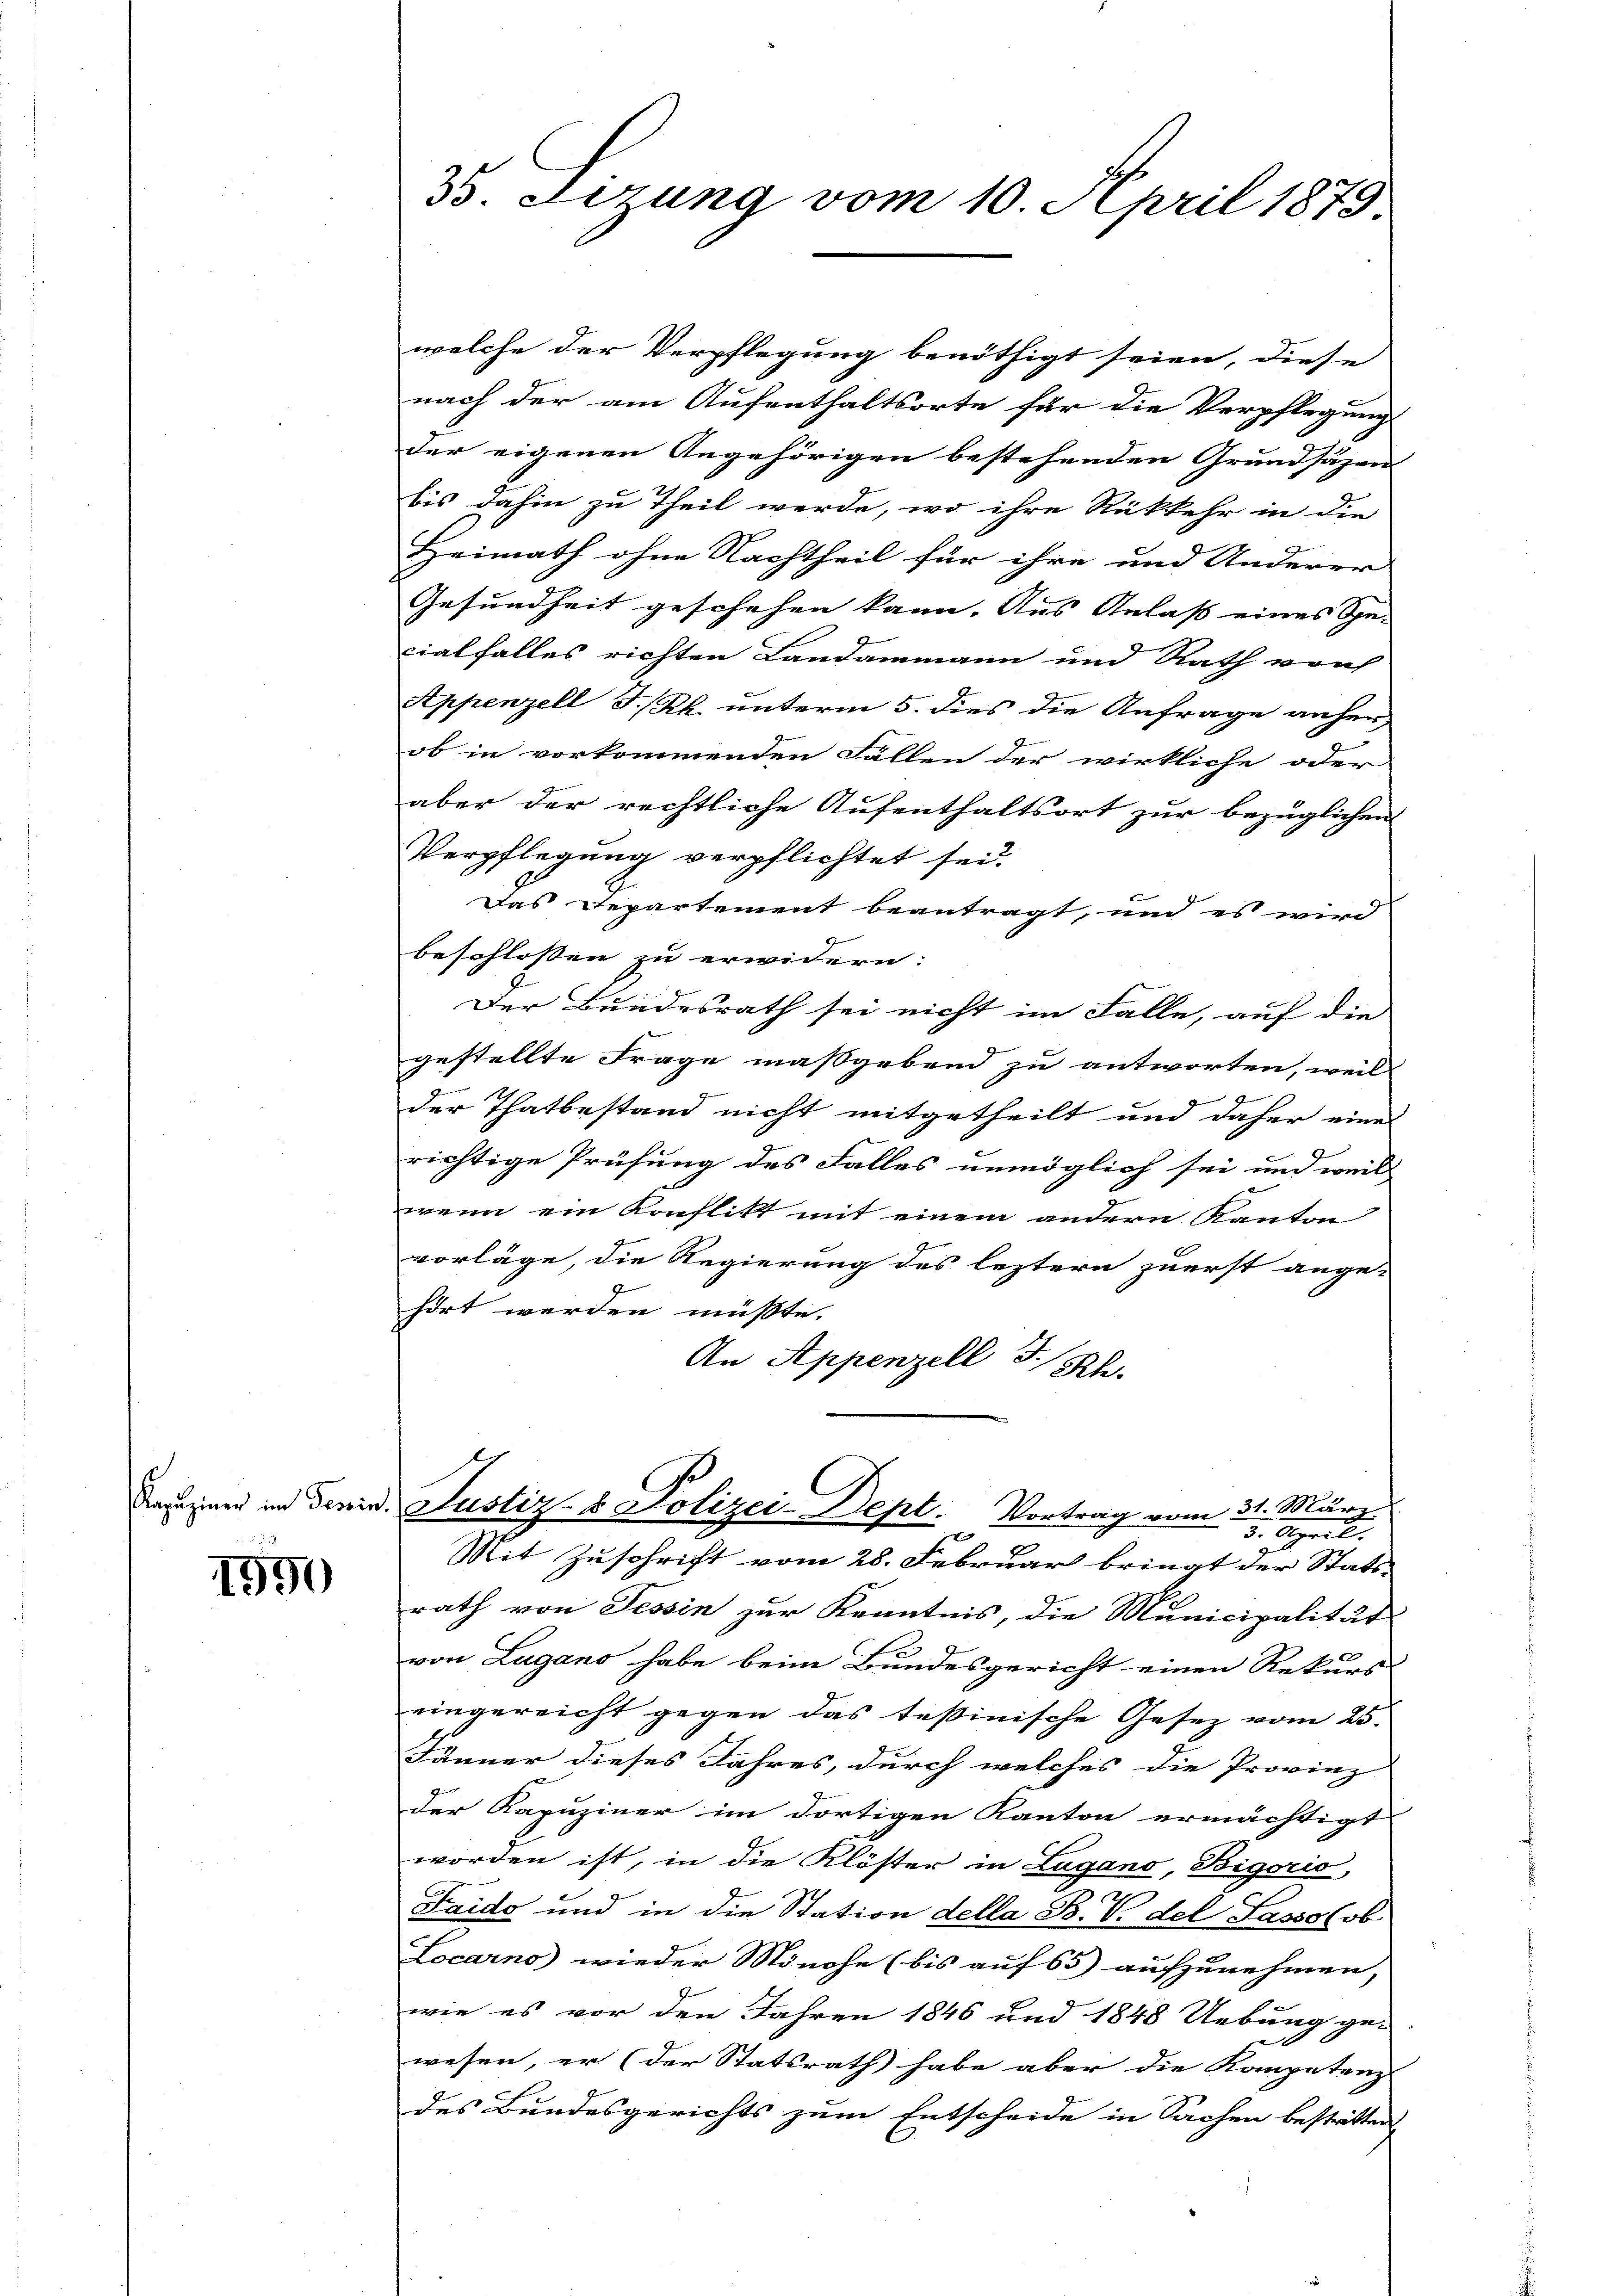
5
1990

3. Sizung vom 10. April 1875.

welche der Verpflegung benöthigt seien, diese
nach der am Aufenthaltsorte für die Verpflegung
der eigenen Angehörigen bestehenden Grundsäzen
bis dahin zu Theil werde, wo ihre Rückkehr in die
Heimath ohne Nachtheil für ihre und Anderer
Gesundheit geschehen kann. Aus Anlass eines Ge-
cialfalles richten Landammann und Rath von
Appenzell I.Rh. unterm 5. dies die Anfrage anher
ob in vorkommenden Fällen der wirkliche oder
aber der rechtliche Aufenthaltsort zur bezüglichen
Verpflegung verpflichtet sei.
Das Departement beantragt, und es wird
beschlossen zu erwidern:
Der Bundesrath sei nicht im Falle, auf die
gestellte Frage maßgebend zu antworten, weil
.
der Thatbestand nicht mitgetheilt und daher eine
richtige Prüfung des Falles unmöglich sei und weil
wenn ein Konflikt mit einem andern Kanton
vorläge, die Regierung des leztern zuerst ange-
hört werden müßte.
An Appenzell I.Rh.
Deuzen in darin, Justiz- & Polizei-Dept. Vortrag vom 31. März
3. April.
Mit Zuschrift vom 28. Februar bringt der Statt-
rath von Tessin zur Kenntnis, die Municipalität
von Lugano habe beim Bundesgericht einen Rekurs
eingereicht gegen das Teßinische Gesez vom 25.
Jänner dieses Jahres, durch welches die Provinz
der Kapuziner im dortigen Kanton ermächtigt
worden ist, in die Klöster in Lugano, Bigorio,
Faido und in die Station della B. V. del Sasso (ob
Locarno) wieder Mönche (bis auf 65) aufzunehmen,
wie es vor den Jahren 1846 und 1848 Uebung ge-
wesen, er (der Statsrath habe aber die Kompetenz
des Bundesgerichts zum Entscheide in Sachen bestritten